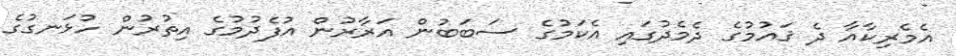
އެމެރިކާއާ ދެ ޤައުމުގެ ދެމެދުގައި އެކަމުގެ ސަބަބުން އަރާރުން އުފެދުމުގެ އިތުރުން ހުޅަނގުގެ